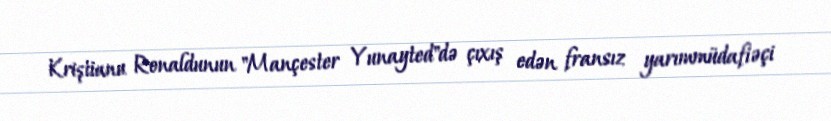
Kriştianu Ronaldunun "Mançester Yunayted"də çıxış edən fransız yarımmüdafiəçi